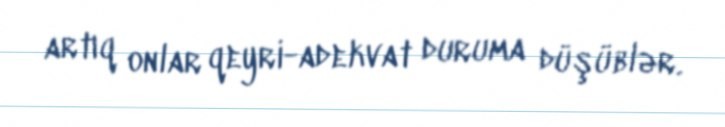
artıq onlar qeyri-adekvat duruma düşüblər.